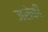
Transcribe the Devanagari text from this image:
जसेकी